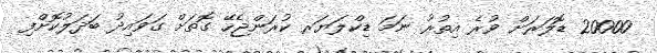
20000 ޑޮލަރަށް ވުރެ އިތުރު ނަމަ ޑިކްލަޔަރ ކުރަންޖެހޭ ގޮތަށް ގަވައިދު ބަދަލުކޮށްފި